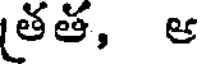
తత, ఆ